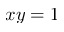
x y = 1